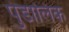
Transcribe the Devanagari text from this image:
पुंडालिक